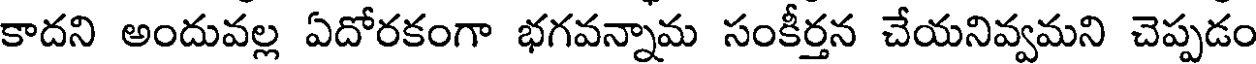
కాదని అందువల్ల ఏదోరకంగా భగవన్నామ సంకీర్తన చేయనివ్వమని చెప్పడం